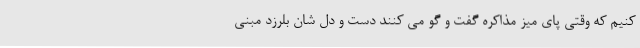
کنیم که وقتی پای میز مذاکره گفت و گو می کنند دست و دل شان بلرزد مبنی